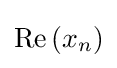
\operatorname {Re} {\left(x_{n}\right)}